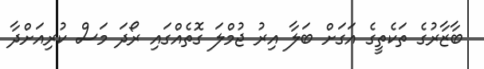
ބާޒާރުގެ ތަކެތީގެ އަގަށް ބަލާ އިރު ޖުމްލަ ގޮތެއްގައި ރޯދަ މަސް ކުރިއަށްދާ